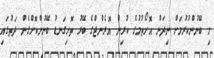
މި ބޭނުންކުރުމަށް ނިދަން އޮށޯތުމުގެ ކުރިން އޮރެންޖްގެ ބޭރު ތޮށިގަނޑު ބޭނުންކޮށްގެން ދަތުގައި